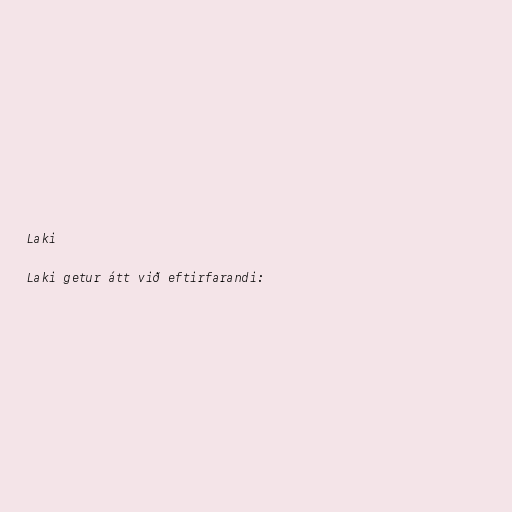
Laki

Laki getur átt við eftirfarandi: